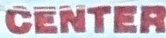
CENTER